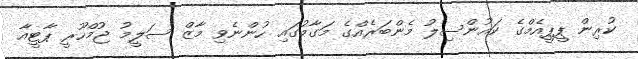
ކުރިން ޕީޕީއެމްގެ ކައުންސިލު މެންބަރެއްގެ މަގާމުގައި ހުންނެވި މާޒް ސަލީމު ޖުމްހޫރީ ޕާޓީއާ